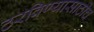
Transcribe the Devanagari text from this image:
ठरविण्यासाठीच